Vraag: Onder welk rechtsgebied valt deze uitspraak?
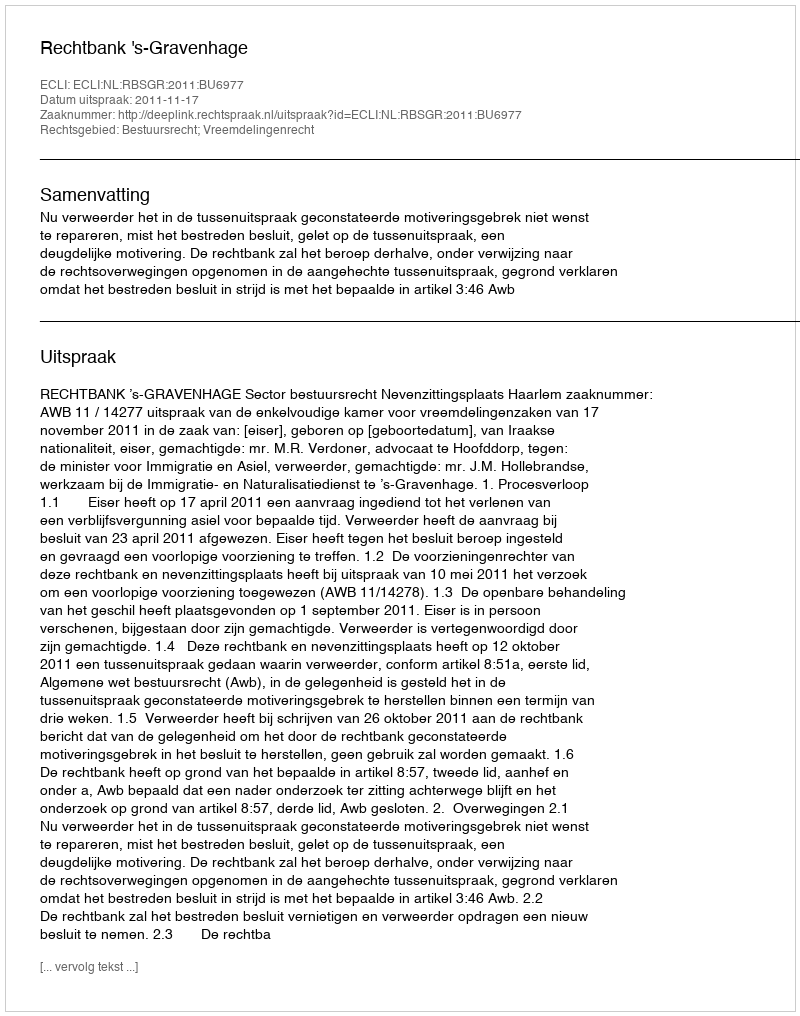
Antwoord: Bestuursrecht; Vreemdelingenrecht